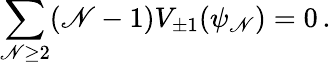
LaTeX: \sum_{\mathscr{N}\geq2}(\mathscr{N}-1)V_{\pm1}(\psi_{\mathscr{N}})=0\, .